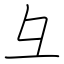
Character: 彑